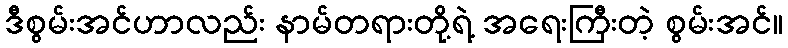
ဒီစွမ်းအင်ဟာလည်း နာမ်တရားတို့ရဲ့ အရေးကြီးတဲ့ စွမ်းအင်။